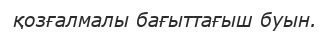
қозғалмалы бағыттағыш буын.